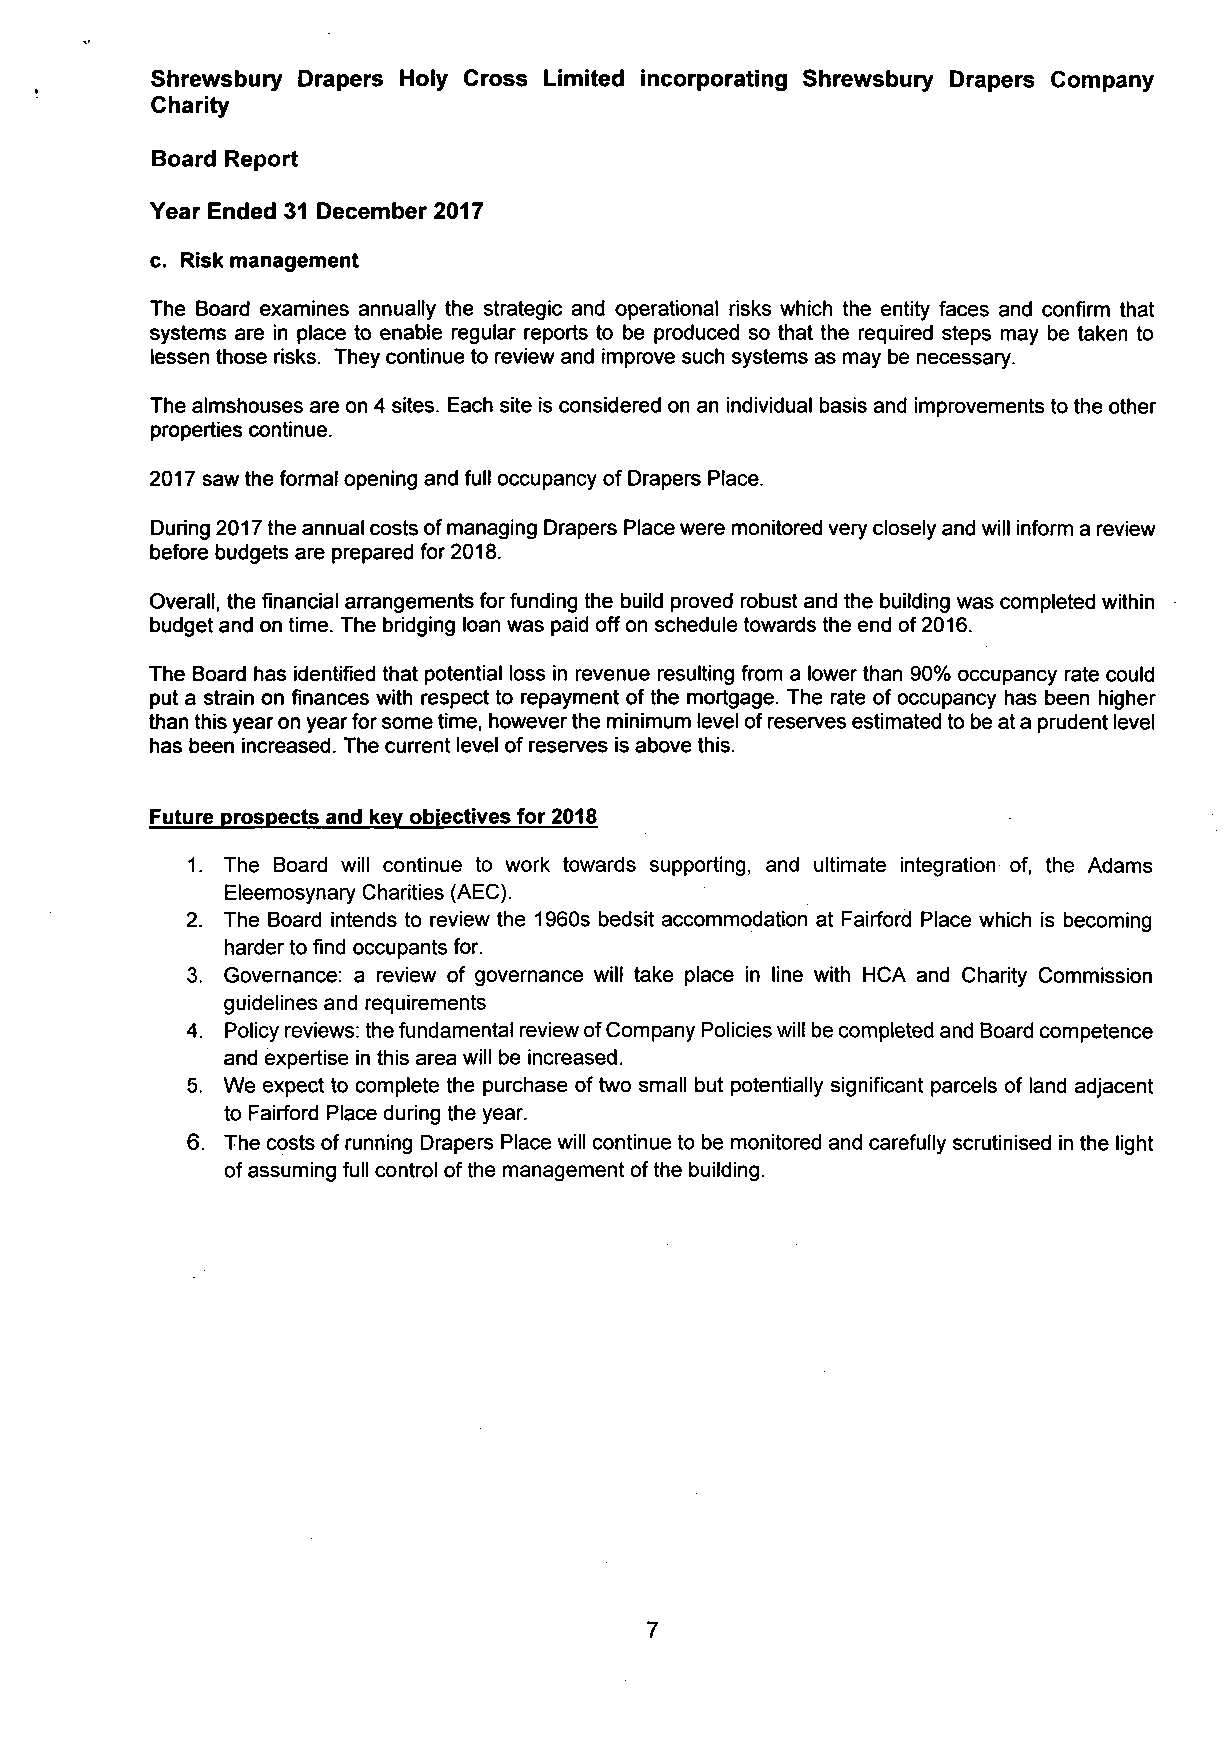
Shrewsbury Drapers Holy Cross Limited incorporating Shrewsbury Drapers Company
 Charity
 Board Report
 Year Ended 31 December 2017
 c. Risk management
 The Board examines annually the strategic and operational risks which the entity faces and confirm that
 systems are in place to enable regular reports to be produced so that the required steps may be taken to
 lessen those risks. They continue to review and improve such systems as may be necessary.
 The almshouses are on 4 sites. Each site is considered on an individual basis and improvements to the other
 properties continue.
 2017 saw the formal opening and full occupancy of Drapers Place.
 During 2017 the annual costs of managing Drapers Place were monitored very closely and will inform a review
 before budgets are prepared for 2018.
 Overall, the financial arrangements for funding the build proved robust and the building was completed within
 budget and on time. The bridging loan was paid off on schedule towards the end of 2016.
 The Board has identified that potential loss in revenue resulting from a lower than 90% occupancy rate could
 put a strain on finances with respect to repayment of the mortgage. The rate of occupancy has been higher
 than this year on year for some time, however the minimum level of reserves estimated to be at a prudent level
 has been increased. The current level of reserves is above this.
 Future prospects and kev objectives for 2018
 1. The Board will continue to work towards supporting, and ultimate integration of, the Adams
 Eleemosynary Charities (AEC).
 2. The Board intends to review the 1960s bedsit accommodation at Fairford Place which is becoming
 harder to find occupants for.
 3. Governance: a review of governance will take place in line with HCA and Charity Commission
 guidelines and requirements
 4. Policy reviews: the fundamental review of Company Policies will be completed and Board competence
 and expertise in this area will be increased.
 5. We expect to complete the purchase of two small but potentially significant parcels of land adjacent
 to Fairford Place during the year.
 6. The costs of running Drapers Place will continue to be monitored and carefully scrutinised in the light
 of assuming full control of the management of the building.
 7